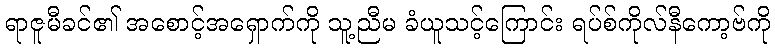
ရာဇူမီခင်၏ အစောင့်အရှောက်ကို သူ့ညီမ ခံယူသင့်ကြောင်း ရပ်စ်ကိုလ်နီကော့ဗ်ကို